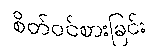
စိတ်ဝင်စားခြင်း